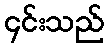
၄င်းသည်